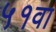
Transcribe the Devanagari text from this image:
५१वा